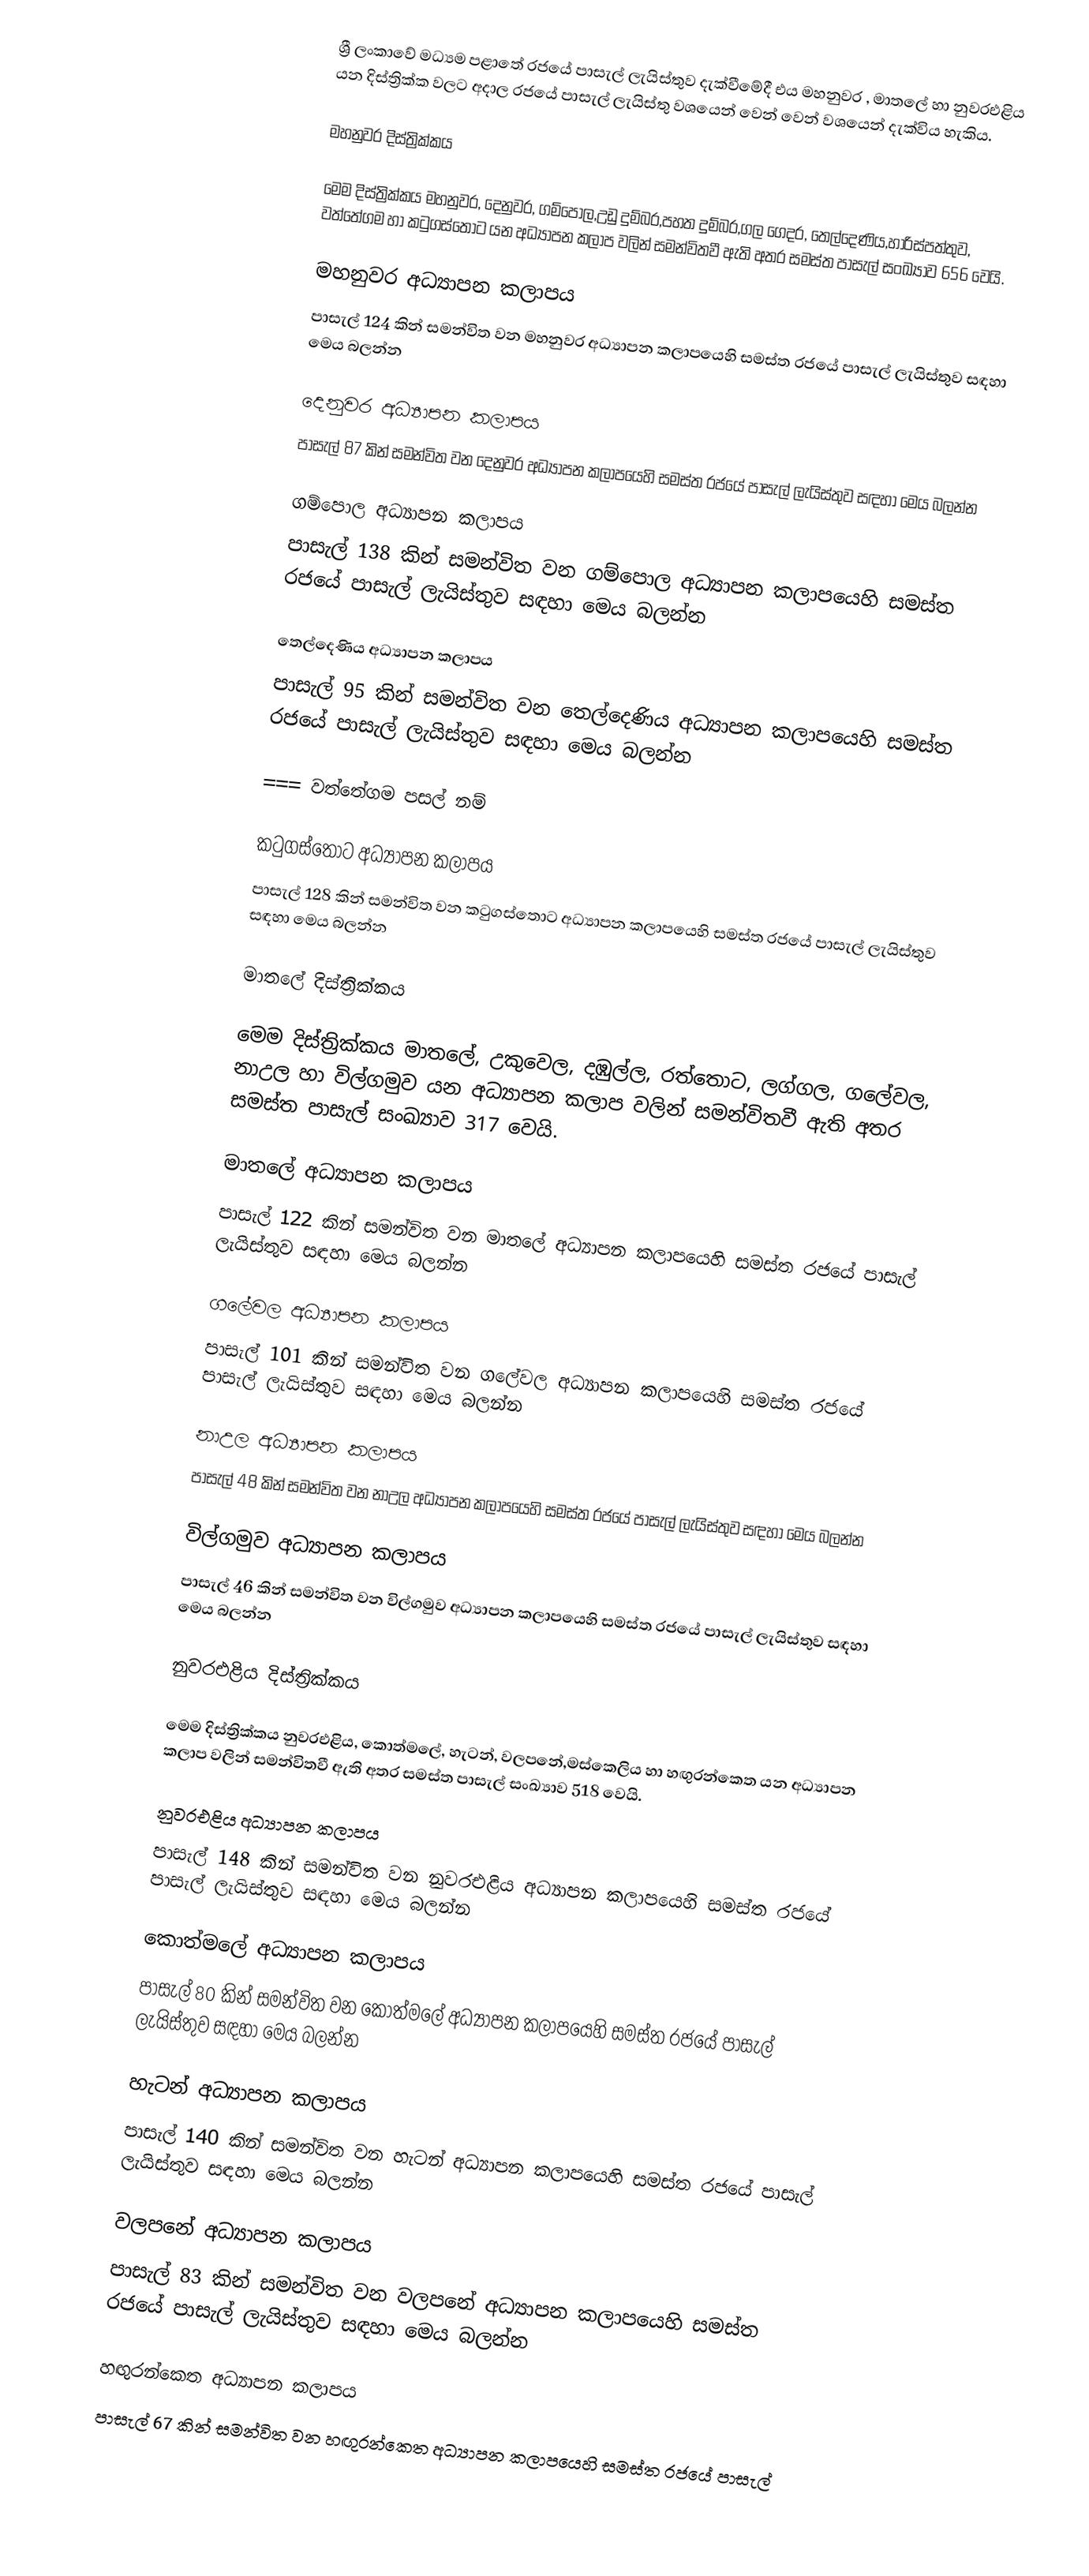
ශ්‍රී ලංකාවේ මධ්‍යම පළාතේ රජයේ පාසැල් ලැයිස්තුව දැක්වීමේදී එය   මහනුවර ,  මාතලේ  හා  නුවරඑළිය   යන දිස්ත්‍රික්ක වලට අදාල රජයේ පාසැල් ලැයිස්තු වශයෙන් වෙන් වෙන් වශයෙන් දැක්විය හැකිය.

මහනුවර දිස්ත්‍රික්කය

මෙම දිස්ත්‍රික්කය මහනුවර, දෙනුවර, ගම්පොල,උඩු දුම්බර,පහත දුම්බර,ගල ගෙදර, තෙල්දෙණිය,හාරිස්පත්තුව, වත්තේගම හා කටුගස්තොට යන අධ්‍යාපන කලාප වලින් සමන්විතවී ඇති අතර සමස්ත පාසැල් සංඛ්‍යාව 656 වෙයි.

මහනුවර අධ්‍යාපන කලාපය
පාසැල් 124 කින් සමන්විත වන මහනුවර අධ්‍යාපන කලාපයෙහි සමස්ත රජයේ පාසැල් ලැයිස්තුව සඳහා මෙය බලන්න

දෙනුවර අධ්‍යාපන කලාපය
පාසැල් 87 කින් සමන්විත වන දෙනුවර අධ්‍යාපන කලාපයෙහි සමස්ත රජයේ පාසැල් ලැයිස්තුව සඳහා මෙය බලන්න

ගම්පොල අධ්‍යාපන කලාපය
පාසැල් 138 කින් සමන්විත වන ගම්පොල අධ්‍යාපන කලාපයෙහි සමස්ත රජයේ පාසැල් ලැයිස්තුව සඳහා මෙය බලන්න

තෙල්දෙණිය අධ්‍යාපන කලාපය
පාසැල් 95 කින් සමන්විත වන තෙල්දෙණිය අධ්‍යාපන කලාපයෙහි සමස්ත රජයේ පාසැල් ලැයිස්තුව සඳහා මෙය බලන්න

=== වත්තේගම පසල් නම්

කටුගස්තොට අධ්‍යාපන කලාපය
පාසැල් 128 කින් සමන්විත වන කටුගස්තොට අධ්‍යාපන කලාපයෙහි සමස්ත රජයේ පාසැල් ලැයිස්තුව සඳහා මෙය බලන්න

මාතලේ දිස්ත්‍රික්කය

මෙම දිස්ත්‍රික්කය මාතලේ, උකුවෙල, දඹුල්ල, රත්තොට, ලග්ගල,  ගලේවල, නාඋල හා විල්ගමුව යන අධ්‍යාපන කලාප වලින් සමන්විතවී ඇති අතර සමස්ත පාසැල් සංඛ්‍යාව 317 වෙයි.

මාතලේ අධ්‍යාපන කලාපය
පාසැල් 122 කින් සමන්විත වන මාතලේ අධ්‍යාපන කලාපයෙහි සමස්ත රජයේ පාසැල් ලැයිස්තුව සඳහා මෙය බලන්න

ගලේවල අධ්‍යාපන කලාපය
පාසැල් 101 කින් සමන්විත වන ගලේවල අධ්‍යාපන කලාපයෙහි සමස්ත රජයේ පාසැල් ලැයිස්තුව සඳහා මෙය බලන්න

නාඋල අධ්‍යාපන කලාපය
පාසැල් 48 කින් සමන්විත වන නාඋල අධ්‍යාපන කලාපයෙහි සමස්ත රජයේ පාසැල් ලැයිස්තුව සඳහා මෙය බලන්න

විල්ගමුව අධ්‍යාපන කලාපය
පාසැල් 46 කින් සමන්විත වන විල්ගමුව අධ්‍යාපන කලාපයෙහි සමස්ත රජයේ පාසැල් ලැයිස්තුව සඳහා මෙය බලන්න

නුවරඑළිය දිස්ත්‍රික්කය

මෙම දිස්ත්‍රික්කය නුවරඑළිය, කොත්මලේ, හැටන්, වලපනේ,මස්කෙලිය හා හඟුරන්කෙත යන අධ්‍යාපන කලාප වලින් සමන්විතවී ඇති අතර සමස්ත පාසැල් සංඛ්‍යාව 518 වෙයි.

නුවරඑළිය අධ්‍යාපන කලාපය
පාසැල් 148 කින් සමන්විත වන නුවරඑළිය අධ්‍යාපන කලාපයෙහි සමස්ත රජයේ පාසැල් ලැයිස්තුව සඳහා මෙය බලන්න

කොත්මලේ අධ්‍යාපන කලාපය
පාසැල් 80 කින් සමන්විත වන කොත්මලේ අධ්‍යාපන කලාපයෙහි සමස්ත රජයේ පාසැල් ලැයිස්තුව සඳහා මෙය බලන්න

හැටන් අධ්‍යාපන කලාපය
පාසැල් 140 කින් සමන්විත වන හැටන් අධ්‍යාපන කලාපයෙහි සමස්ත රජයේ පාසැල් ලැයිස්තුව සඳහා මෙය බලන්න

වලපනේ අධ්‍යාපන කලාපය
පාසැල් 83 කින් සමන්විත වන වලපනේ අධ්‍යාපන කලාපයෙහි සමස්ත රජයේ පාසැල් ලැයිස්තුව සඳහා මෙය බලන්න

හඟුරන්කෙත අධ්‍යාපන කලාපය
පාසැල් 67 කින් සමන්විත වන හඟුරන්කෙත අධ්‍යාපන කලාපයෙහි සමස්ත රජයේ පාසැල්